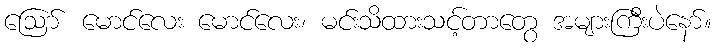
ဪ မောင်လေး မောင်လေး၊ မင်းသိထားသင့်တာတွေ အများကြီးပဲနော်။